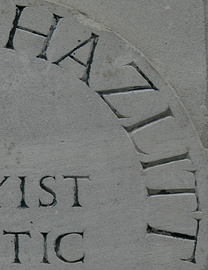
HAZLITT